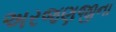
અરજણજીના